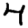
Digit: 4